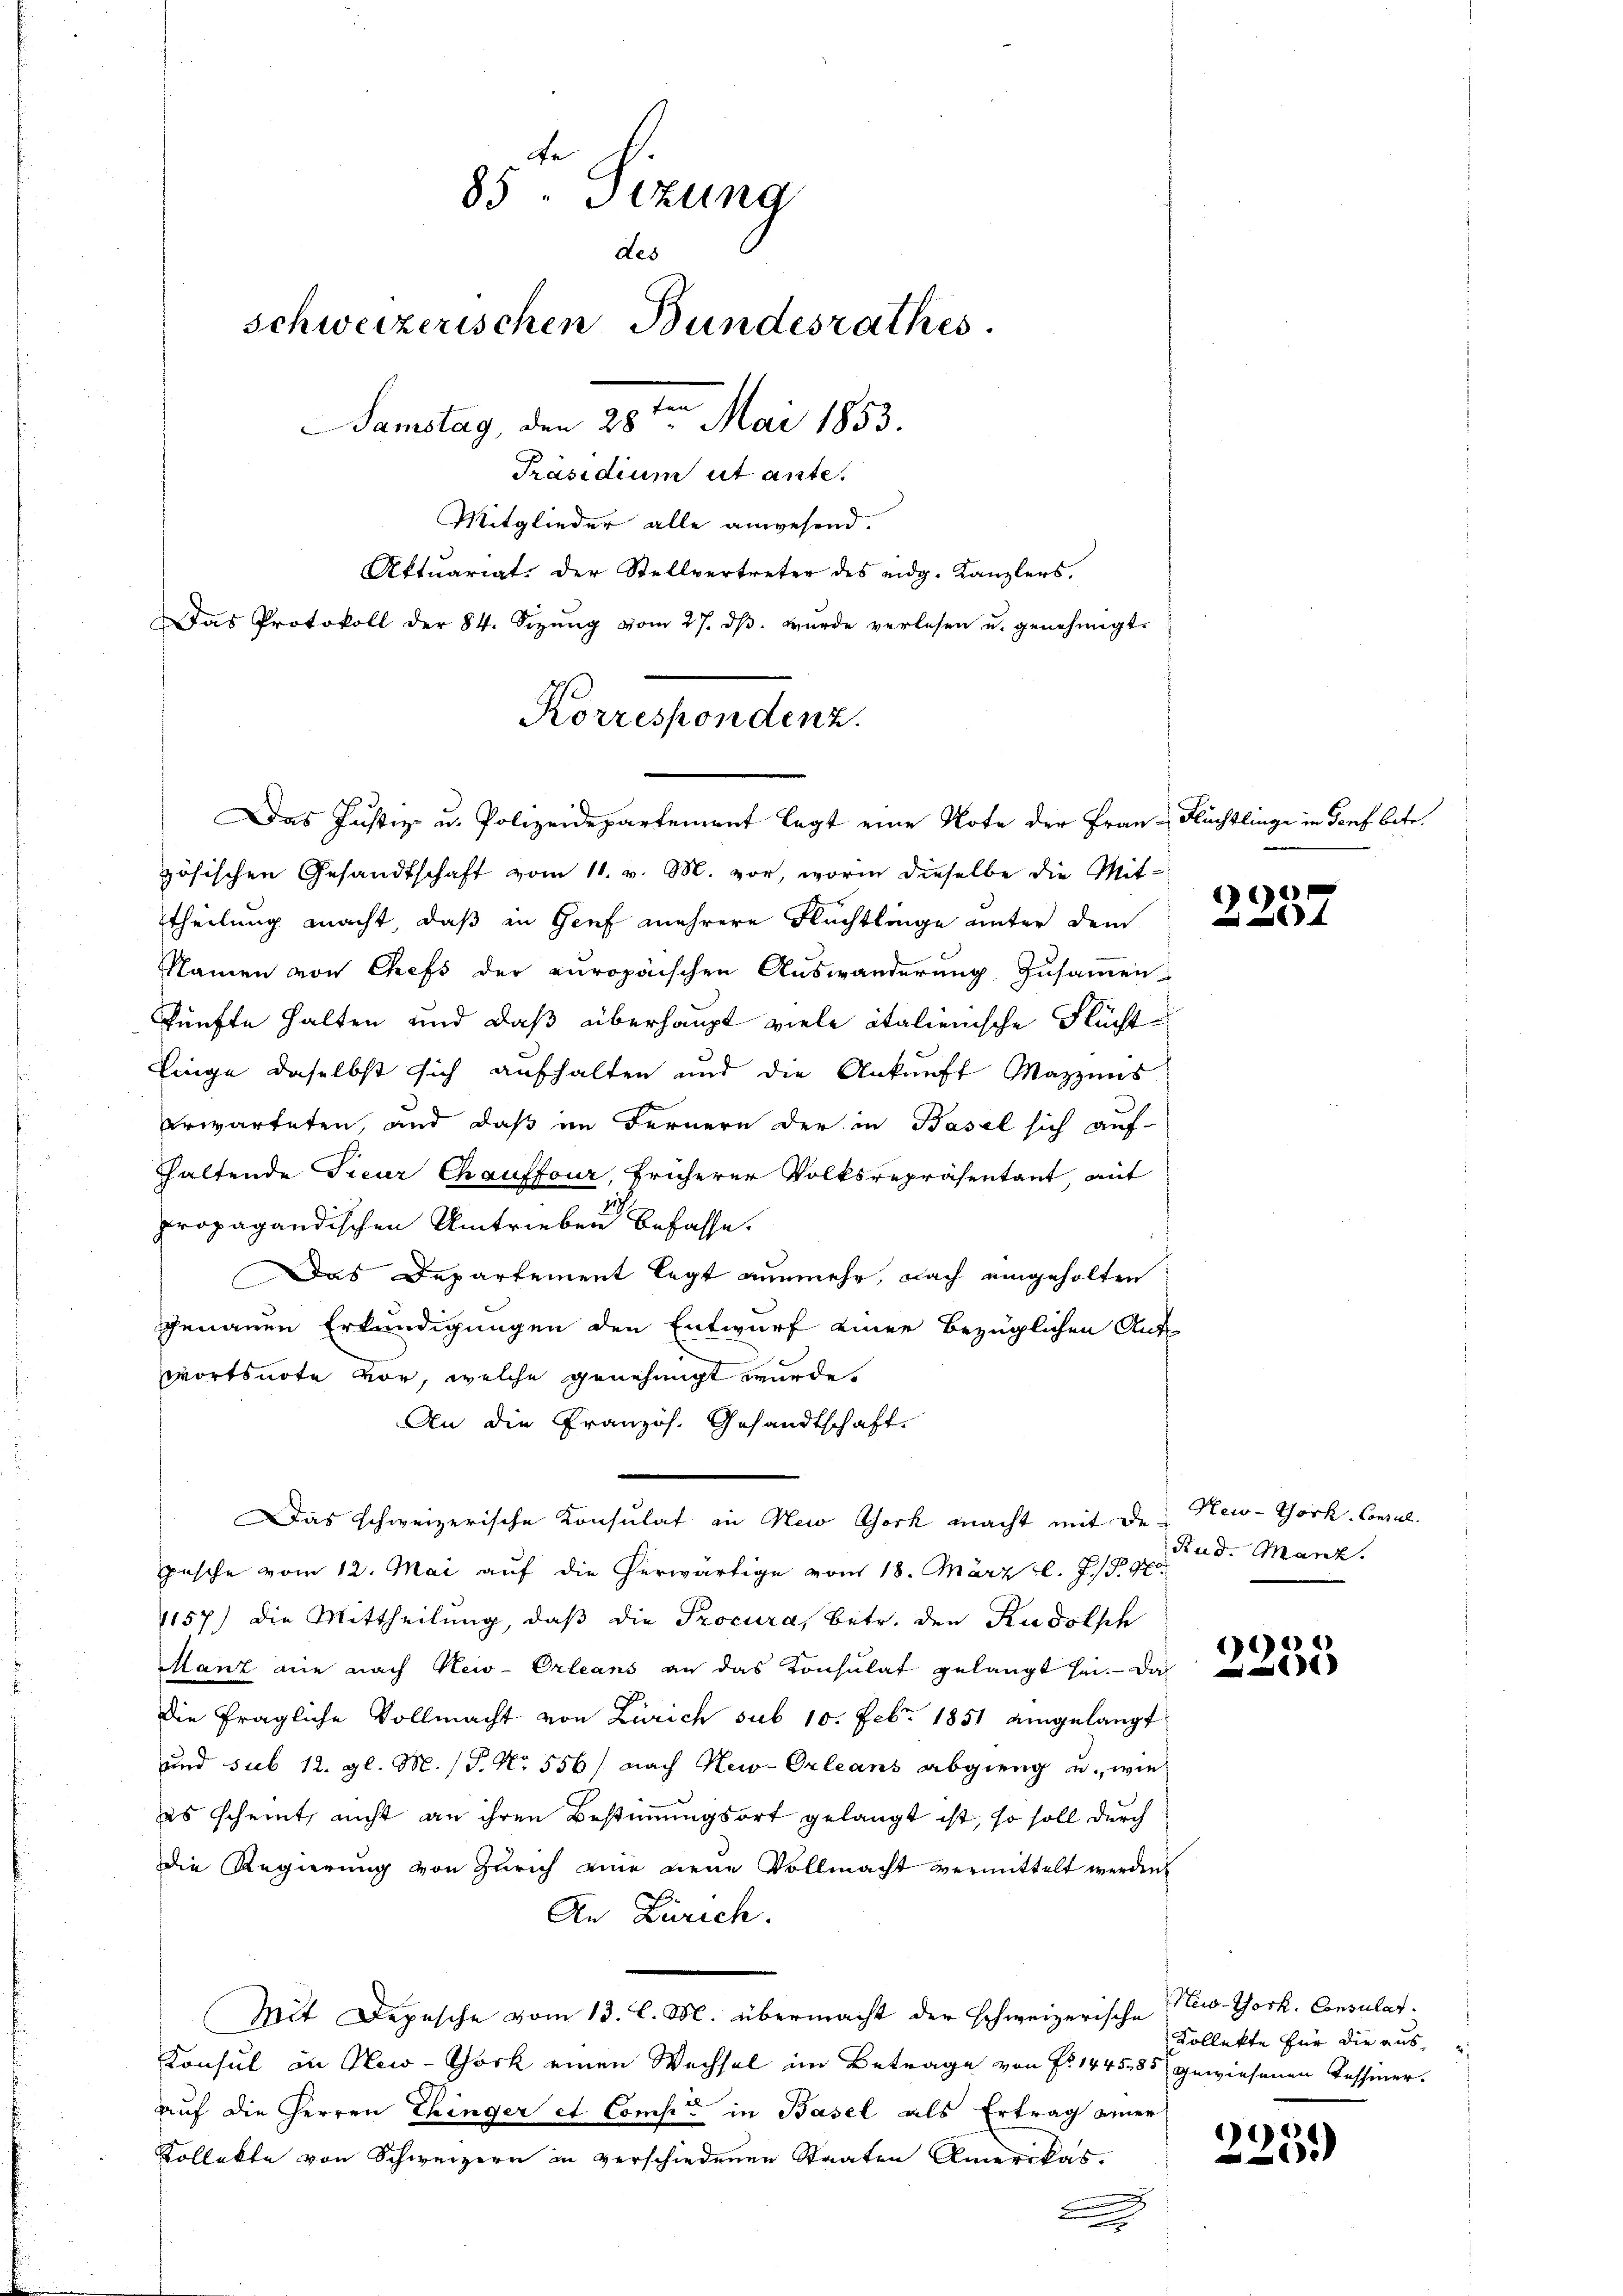
85. Sizung
des
schweizerischen Bundesrathes.
Samstag, den 28ten Mai 1853.
Präsidium et ante.
Mitglieder alle anwesend.
Aktuariats der Stellvertreter des eidg. Kanzlers.
Das Protokoll der 84. Sizŭng vom 27. dβ. wŭrde verlesen u. genehmigt.

Korrespondenz.
Das Justiz u. Polizeidepartement legt eine Note der Fraue Flüchtlinge in Torf betr.

zösischen Gesandtschaft vom 11. v. M. vor, worin dieselbe die Mit-
theilung macht, daß in Genf mehrere Flüchtlinge unter dem
Namen von Chefs der europäischen Auswanderung zusammen-
Pünfte halten und daß überhaupt viele italienische Flücht
Linge daselbst sich aufhalten und die Ankunft Mazzens
erwarteten, und daß im Fernern der in Basel sich auf-
haltende Treur Chauffour, früherer Volksrepräsentant, mit
propagandischen Umtrieben befasse.
Das Departement legt nunmehr, nach eingeholten
genauen Erkundigungen den Entwurf einer bezüglichen Auf-
wortsnote vor, welche genehmigt wurde.
An die Französ. Gesandtschaft
Das schweizerische Konsulat in New York macht mit den New-York-Consul
pasche vom 12. Mai auf die herwärtige vom 18. März l. J. P. 96.
157) die Mittheilung, daβ die Procura, betr. den Rudolph
Manz die nach New-Orleans an das Konsulat gelangt sei. Da
die fragliche Vollmacht von Zürich sub 10. Febr. 1851 eingelangt
und sub 12. gl. M. P. Nr. 556 nach New-Orleans abgieng u. wie
es scheint, nicht an ihren Bestimmungsort gelangt ist, so soll durch
die Regierung von Zürich eine neue Vollmacht vermittelt werden
An Zürich.
Mit Depesche vom 13. l. M. übermacht der schweizerische
Konsul in New-York einen Wechsel im Betrage von Fr. 1445,85 gewiesenen Tessiner.
auf die Herren Ehinger et Comp. in Basel als Ertrag einer
Kollekte von Schweizern in verschiedenen Staaten Amerikas.
e

1

Rud. Marz.

1

New-York, Consulat.
Kollekte für die aus¬

2251)